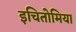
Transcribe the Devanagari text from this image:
इचितोमिया